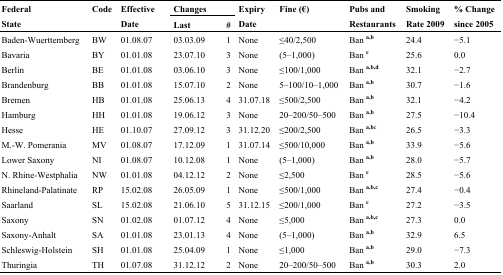
<table><thead><tr><td rowspan="2"><b>Federal State</b></td><td rowspan="2"><b>Code</b></td><td rowspan="2"><b>Effective Date</b></td><td colspan="2"><b>Changes</b></td><td rowspan="2"><b>Expiry Date</b></td><td rowspan="2"><b>Fine (€)</b></td><td rowspan="2"><b>Pubs and Restaurants</b></td><td rowspan="2"><b>Smoking Rate 2009</b></td><td rowspan="2"><b>% Change since 2005</b></td></tr><tr><td><b>Last</b></td><td><b>#</b></td></tr></thead><tbody><tr><td>Baden-Wuerttemberg</td><td>BW</td><td>01.08.07</td><td>03.03.09</td><td>1</td><td>None</td><td>≤40/2,500</td><td>Ban <sup>a,b</sup></td><td>24.4</td><td>−5.1</td></tr><tr><td>Bavaria</td><td>BY</td><td>01.01.08</td><td>23.07.10</td><td>3</td><td>None</td><td>(5–1,000)</td><td>Ban <sup>c</sup></td><td>25.6</td><td>0.0</td></tr><tr><td>Berlin</td><td>BE</td><td>01.01.08</td><td>03.06.10</td><td>3</td><td>None</td><td>≤100/1,000</td><td>Ban <sup>a,b,d</sup></td><td>32.1</td><td>−2.7</td></tr><tr><td>Brandenburg</td><td>BB</td><td>01.01.08</td><td>15.07.10</td><td>2</td><td>None</td><td>5–100/10–1,000</td><td>Ban <sup>a,b</sup></td><td>30.7</td><td>−1.6</td></tr><tr><td>Bremen</td><td>HB</td><td>01.01.08</td><td>25.06.13</td><td>4</td><td>31.07.18</td><td>≤500/2,500</td><td>Ban <sup>a,b</sup></td><td>32.1</td><td>−4.2</td></tr><tr><td>Hamburg</td><td>HH</td><td>01.01.08</td><td>19.06.12</td><td>3</td><td>None</td><td>20–200/50–500</td><td>Ban <sup>a,b</sup></td><td>27.5</td><td>−10.4</td></tr><tr><td>Hesse</td><td>HE</td><td>01.10.07</td><td>27.09.12</td><td>3</td><td>31.12.20</td><td>≤200/2,500</td><td>Ban <sup>a,bc</sup></td><td>26.5</td><td>−3.3</td></tr><tr><td>M.-W. Pomerania </td><td>MV</td><td>01.08.07</td><td>17.12.09</td><td>1</td><td>31.07.14</td><td>≤500/10,000</td><td>Ban <sup>a,b</sup></td><td>33.9</td><td>−5.6</td></tr><tr><td>Lower Saxony</td><td>NI</td><td>01.08.07</td><td>10.12.08</td><td>1</td><td>None</td><td>(5–1,000)</td><td>Ban <sup>a,b</sup></td><td>28.0</td><td>−5.7</td></tr><tr><td>N. Rhine-Westphalia</td><td>NW</td><td>01.01.08</td><td>04.12.12</td><td>2</td><td>None</td><td>≤2,500</td><td>Ban <sup>c</sup></td><td>28.5</td><td>−5.6</td></tr><tr><td>Rhineland-Palatinate </td><td>RP</td><td>15.02.08</td><td>26.05.09</td><td>1</td><td>None</td><td>≤500/1,000</td><td>Ban <sup>a,b,c</sup></td><td>27.4</td><td>−0.4</td></tr><tr><td>Saarland</td><td>SL</td><td>15.02.08</td><td>21.06.10</td><td>5</td><td>31.12.15</td><td>≤200/1,000</td><td>Ban <sup>c</sup></td><td>27.2</td><td>−3.5</td></tr><tr><td>Saxony</td><td>SN</td><td>01.02.08</td><td>01.07.12</td><td>4</td><td>None</td><td>≤5,000</td><td>Ban <sup>a,b,c</sup></td><td>27.3</td><td>0.0</td></tr><tr><td>Saxony-Anhalt</td><td>SA</td><td>01.01.08</td><td>23.01.13</td><td>4</td><td>None</td><td>(5–1,000)</td><td>Ban <sup>a,b</sup></td><td>32.9</td><td>6.5</td></tr><tr><td>Schleswig-Holstein</td><td>SH</td><td>01.01.08</td><td>25.04.09</td><td>1</td><td>None</td><td>≤1,000</td><td>Ban <sup>a,b</sup></td><td>29.0</td><td>−7.3</td></tr><tr><td>Thuringia</td><td>TH</td><td>01.07.08</td><td>31.12.12</td><td>2</td><td>None</td><td>20–200/50–500</td><td>Ban <sup>a,b</sup></td><td>30.3</td><td>2.0</td></tr></tbody></table>